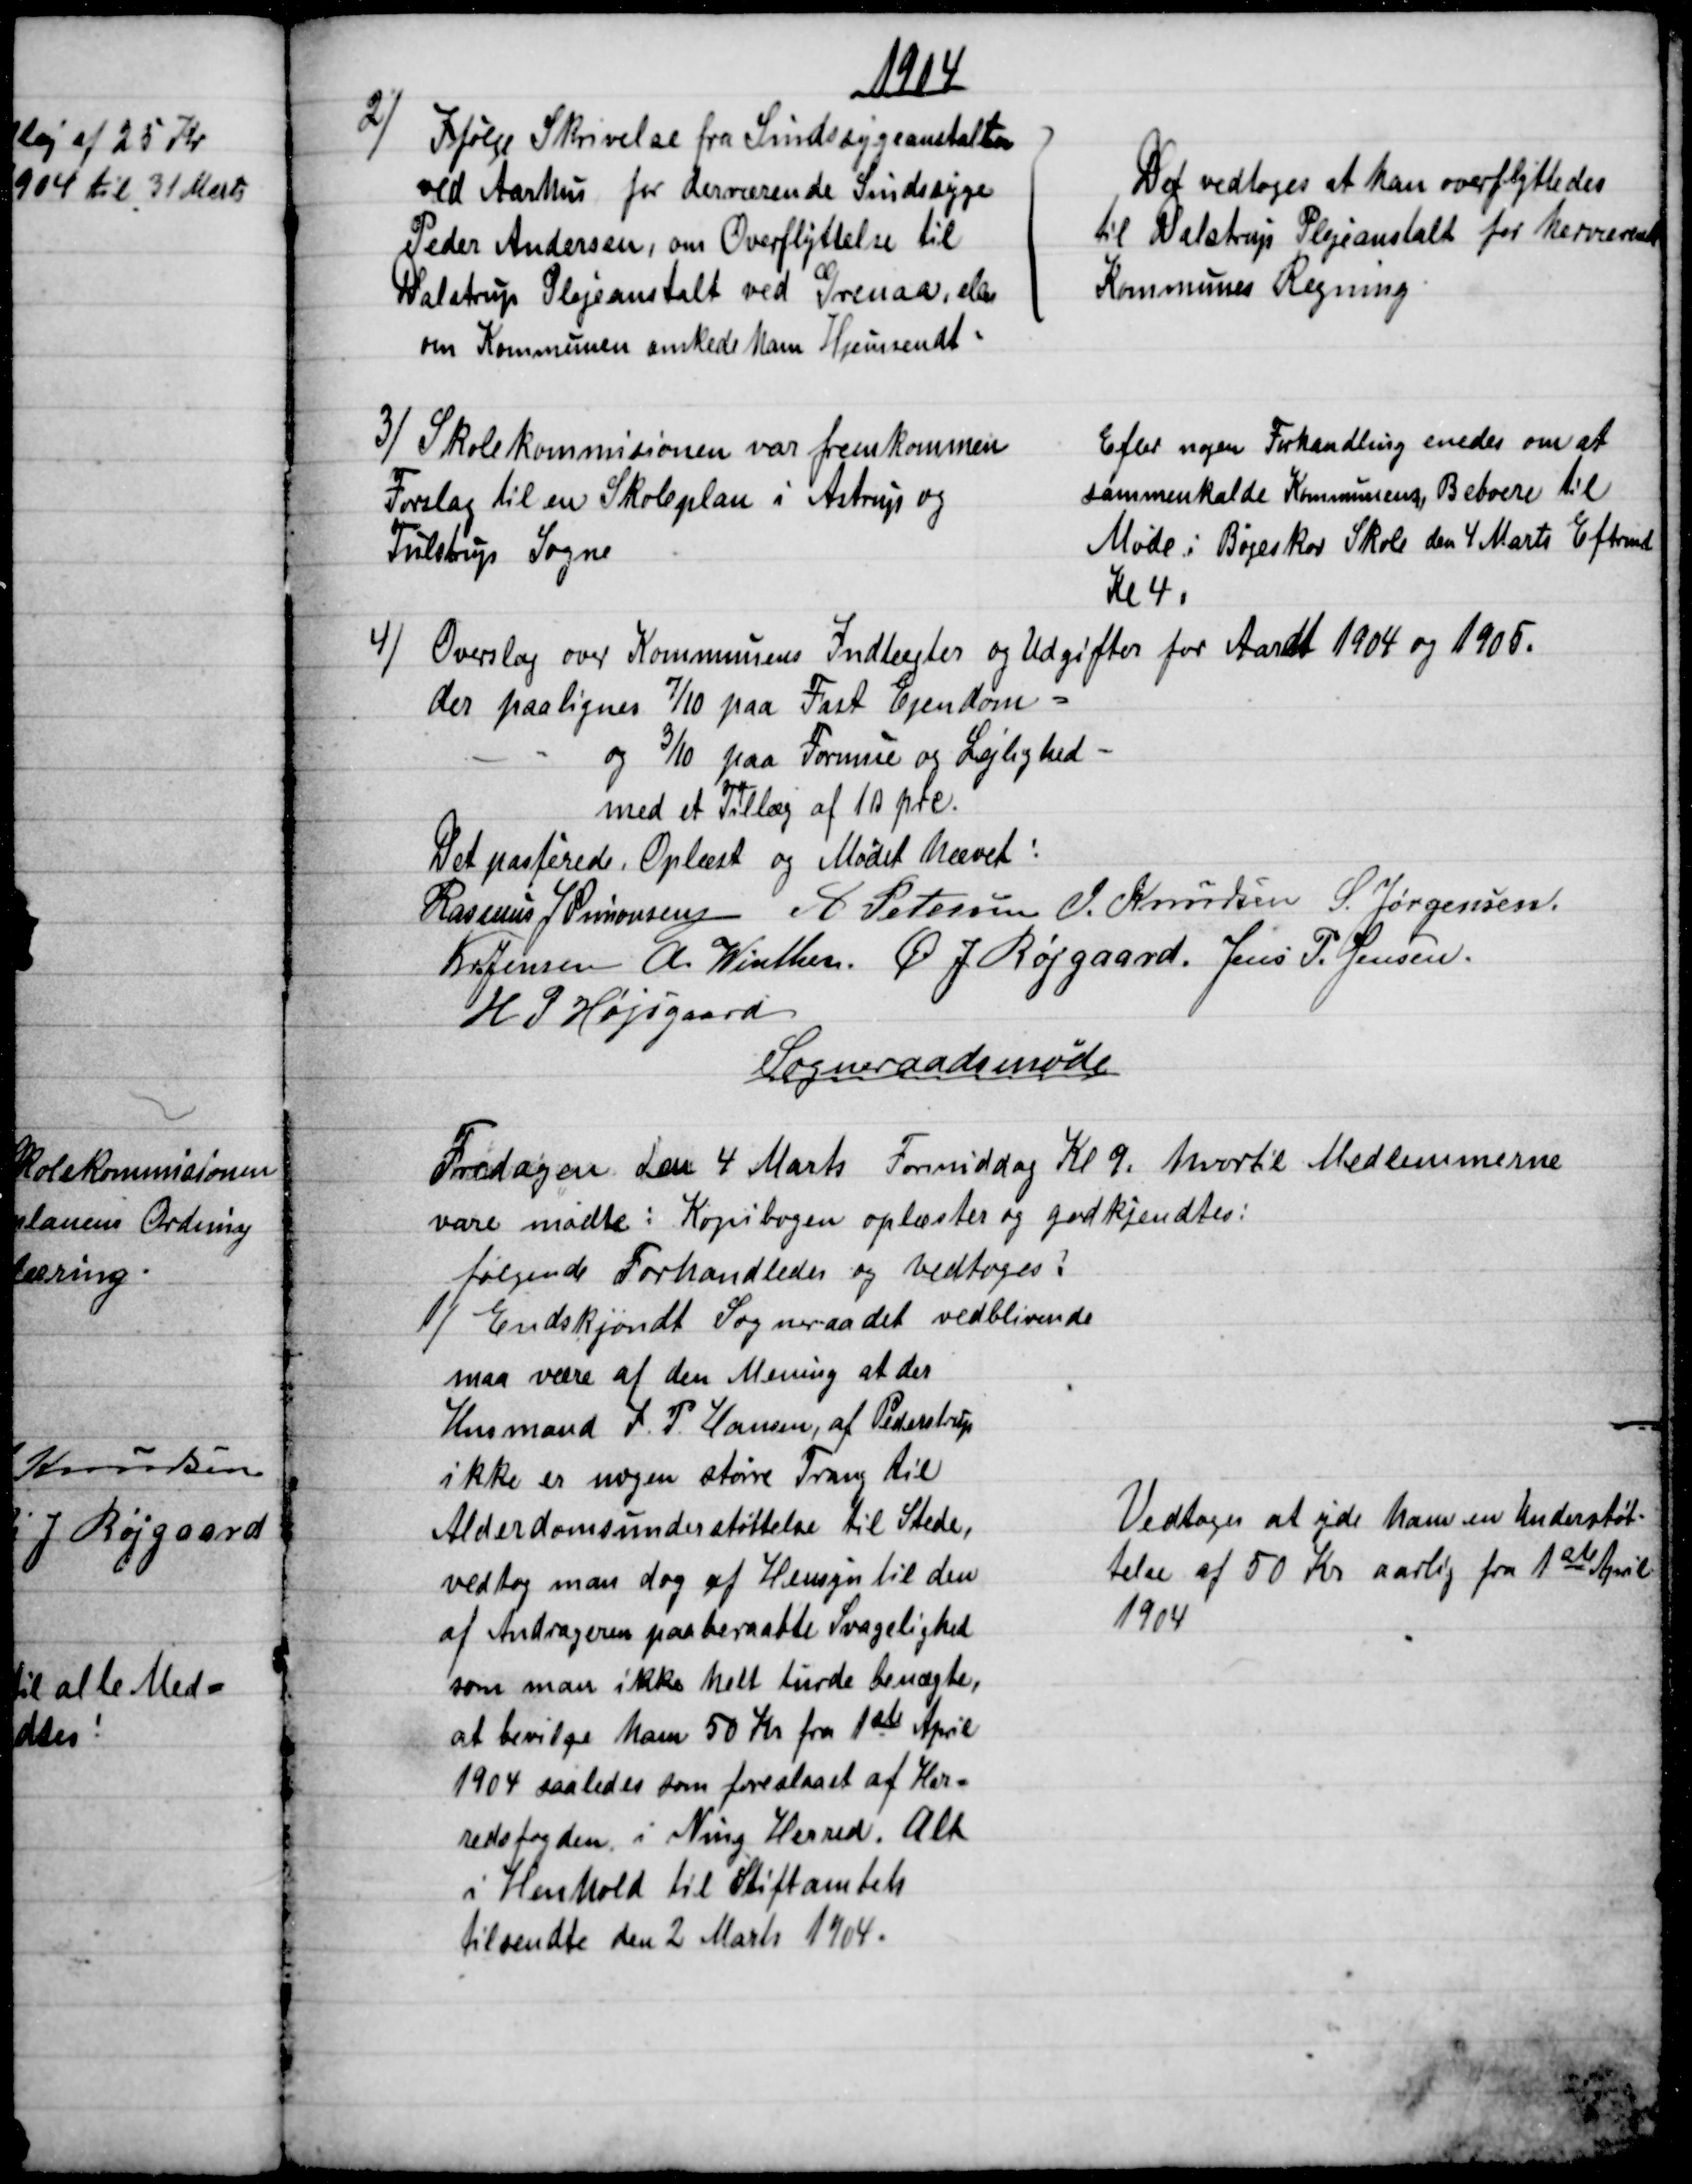
Transskription:
1904
2)
Ifølge Skrivelse fra Sindssygeanstalten
ved Aarhus for derværende Sindssyge
Peder Andersen, om Overflyttelse til
Dalstrup Plejeanstalt ved Grenaa, eller
om Kommunen ønskede ham Hjemsendt
Det vedtoges at han overflyttedes
til Dalstrup Plejeanstalt for herværende
Kommunes Regning
3) 
Skolekommisionen var fremkommen
Forslag til en Skoleplan i Astrup og
Tulstrup Sogne
Efter nogen Forhandling enedes om at
sammenkalde Kommunens Beboere til
Møde i Bøgeskov Skole den 4 Marts Eftrmd
Kl 4.
4) 
Overslag over Kommunens Indtægter og Udgifter for Aaret 1904 og 1905.
der paalignes 7/10 paa Fast Ejendom
og 3/10 paa Formue og Lejlighed 
med et Tillæg af 10 prc.
Det passerede. Oplæst og Mødet hævet:
Rasmus J Simonsen A Petersen J. Knudsen S. Jørgensen.
Kr Jensen A. Winther. Ø. J. Røjgaard, Jens P. Jensen
H P Højsgaard
Sogneraadsmøde
Fredagen den 4 Marts Formiddag Kl. 9. hvortil Medlemmerne
vare mødte : Kopibogen oplæstes og godkjendtes:
følgende Forhandledes og vedtoges:
1) Endskjøndt Sogneraadet vedblivende
maa være af den Mening at der
Husmand J. P. Hansen, af Pederstrup
ikke er nogen større Trang til
Alderdomsunderstøttelse til Stede,
vedtog man dog af Hensyn til den
af Andrageren paaberaabte Svagelighed
som man ikke helt turde benægte,
at bevilge ham 50 Kr fra 1ste April
1904 saaledes som foreslaaet af Her-
redsfogden i Ning Herred. Alt
i Henhold til Stiftamtets
tilsendte den 2 Marts 1904.
Vedtoges at yde ham en Understøt-
telse af 50 Kr aarlig fra 1ste April
1904